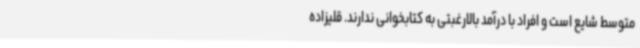
متوسط شایع است و افراد با درآمد بالارغبتی به کتابخوانی ندارند. قلیزاده